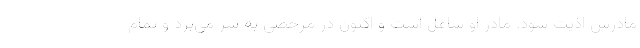
مادرش اذیت شود. مادر او شاغل است و اکنون در مرخصی به سر می‌برد و تمام